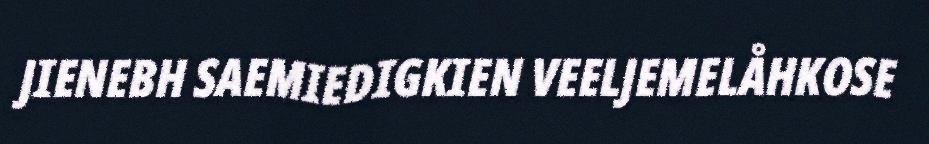
JIENEBH SAEMIEDIGKIEN VEELJEMELÅHKOSE